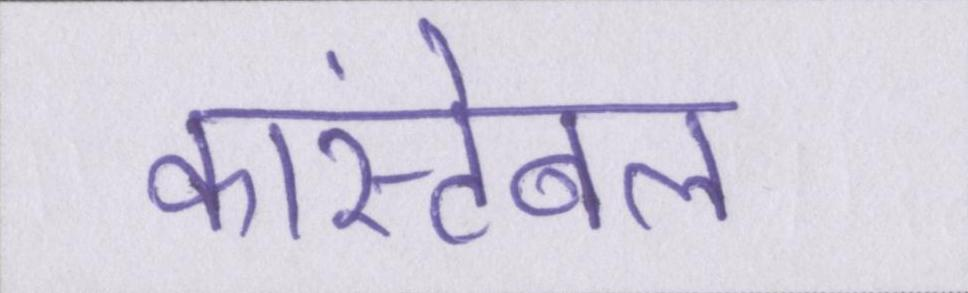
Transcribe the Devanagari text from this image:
कांस्टेबल